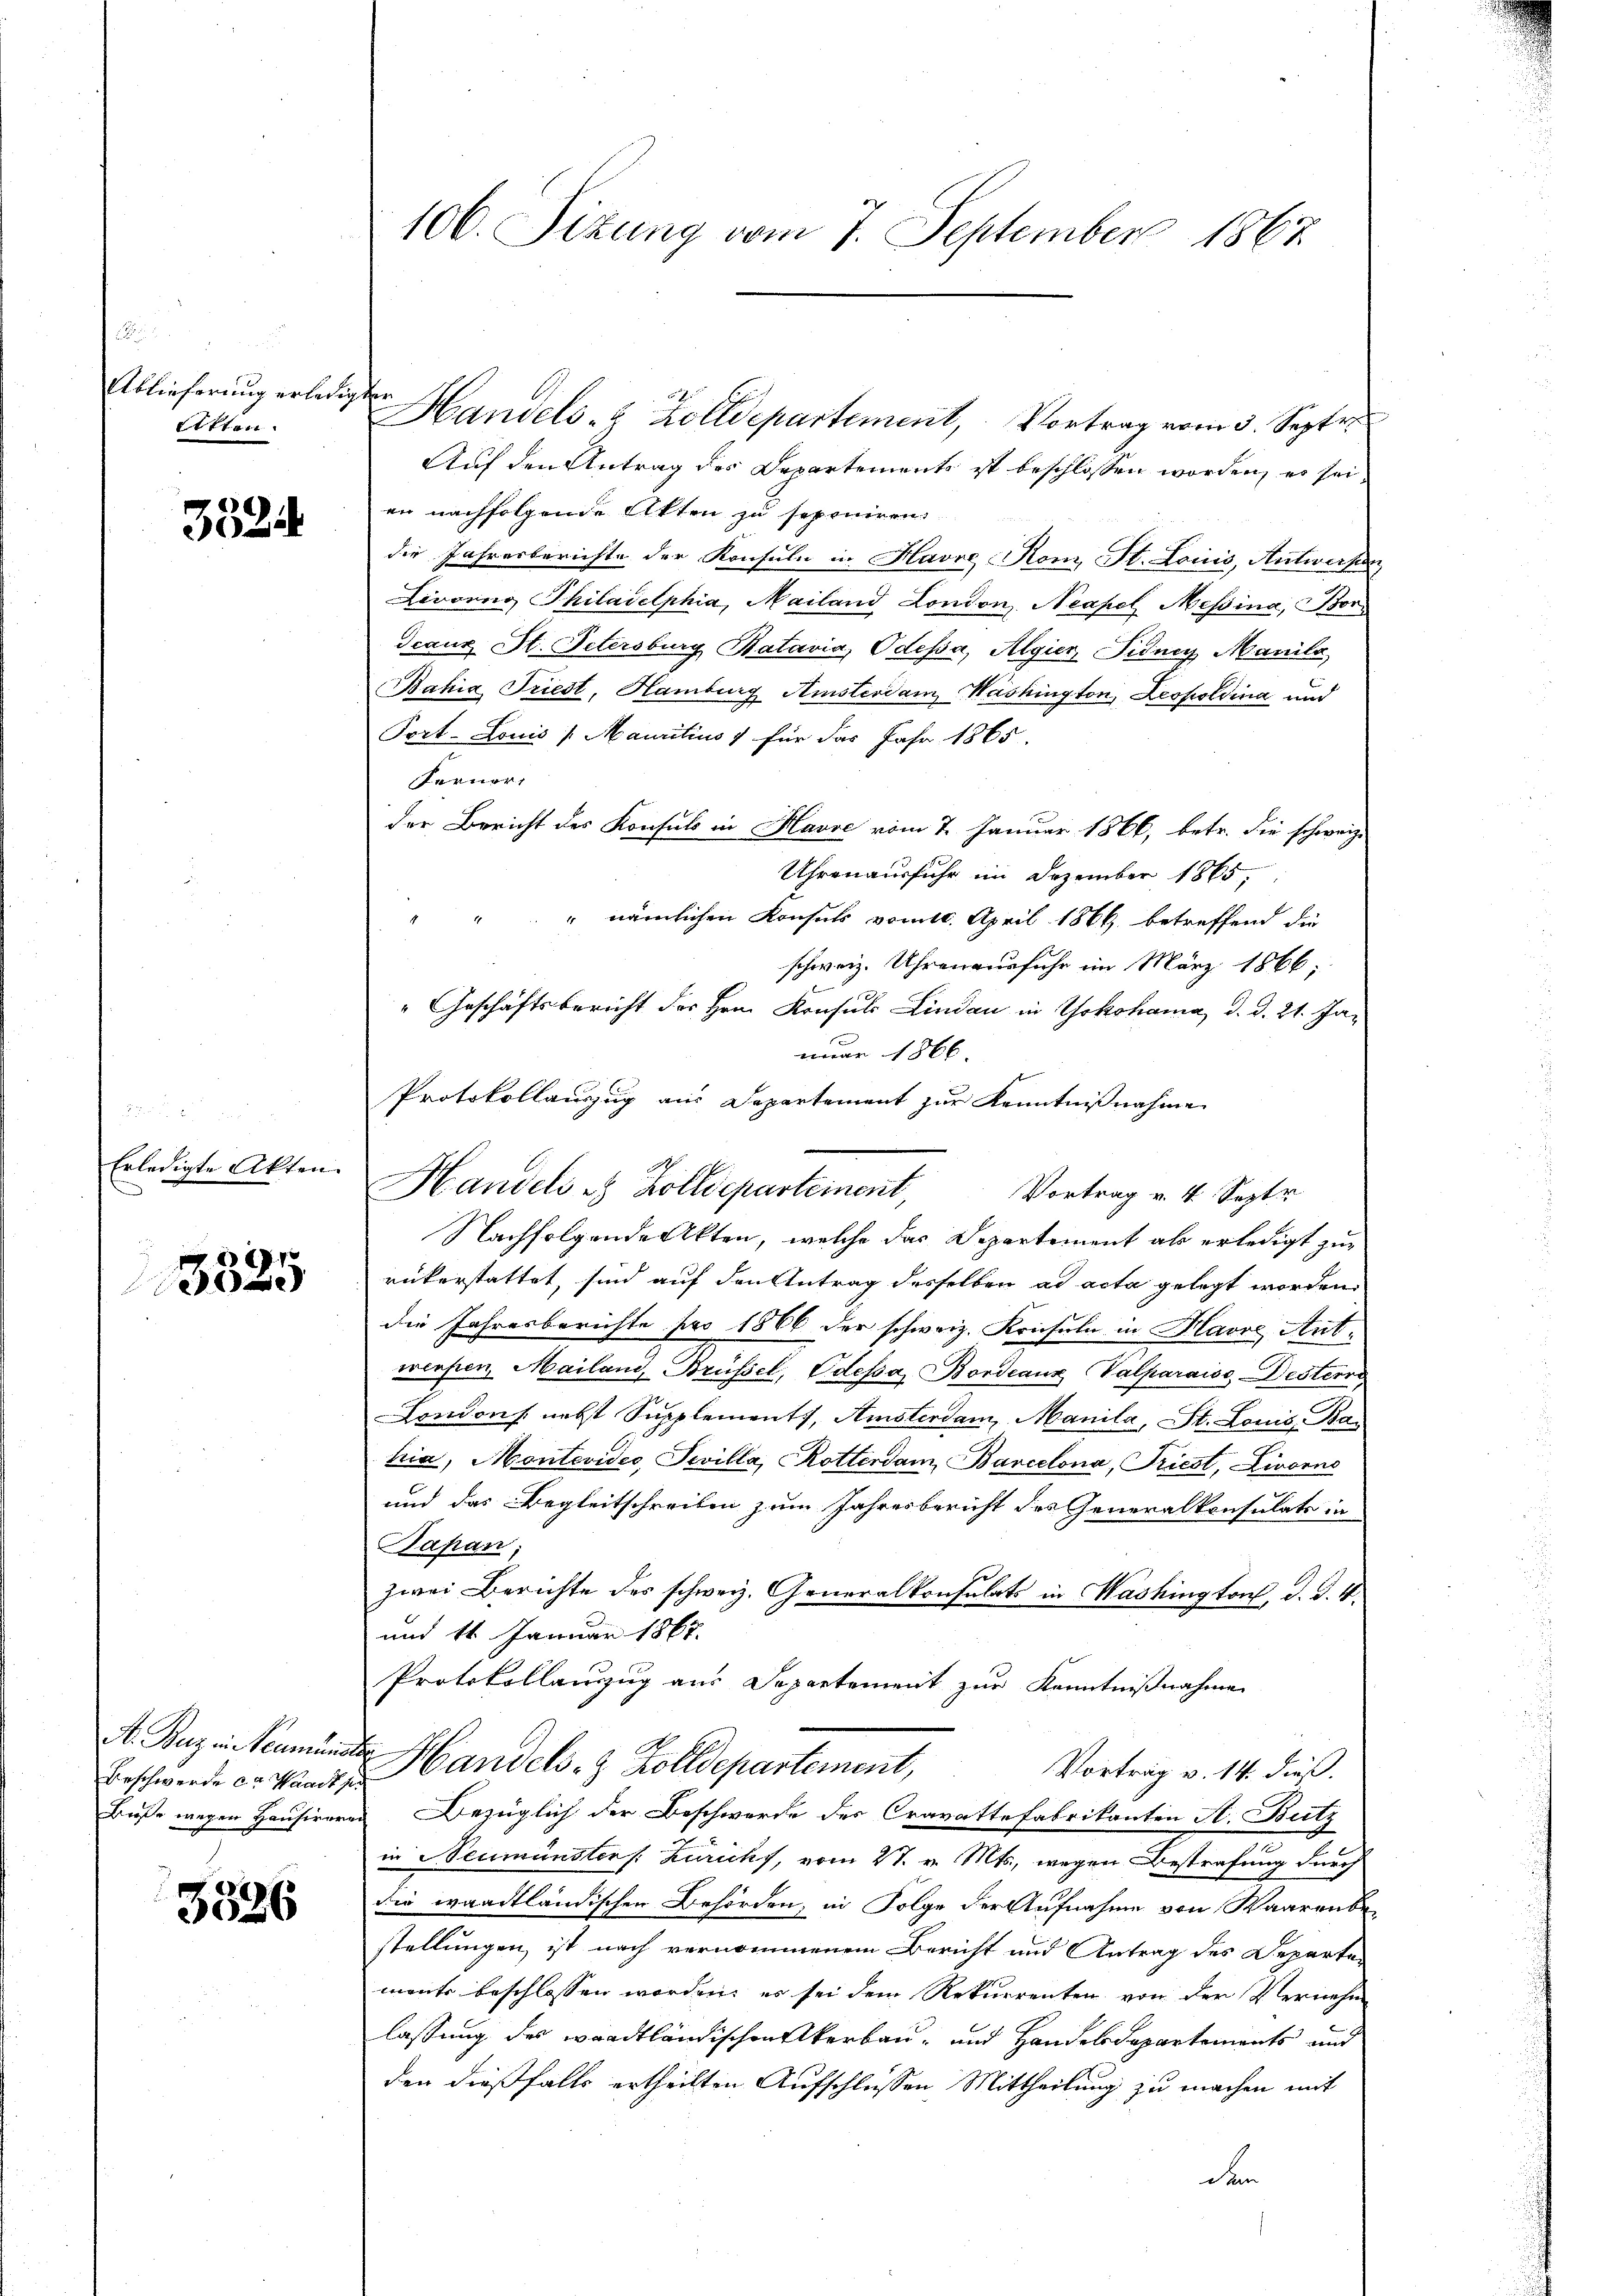
Ablieferung erledigten
Sitten.

3324

Erledigte Akten.

3325

A. Buz in Neumüns
Beschwerde ca. Waadt
Buße wegen Hauswor

3326

106. Sizung vom 7. September 1867

Auf den Antrag des Departements ist beschlossen worden, es sei
er nachfolgende Akten zu seponiren
die Jahresberichte der Konsuln in Havre on St. Louis, Antwerfen
Lingung Thiladelphia, Mailand London Neapel Messina, Bor
Franz St. Petersburg Bataria, Odessa, Algier Fidney Manila
Bahia Triest, Hamburg Amsterdam Washington, Leopoldina und
Port- Louis (Mauritius für das Jahr 1865.
Ferner,
der Bericht des Konsuls in Havre vom 7. Januar 1866, betr. die schweiz.
Uhren ausfuhr im Dezember 1865.
" " " " nämlichen Konsuls vom 10. April 1866 betreffend die
schweiz. Uhren ausfuhr im März 1866;
"Geschäftsbericht der Hrn. Konsuls Lindau in Yokohama, d. d. 21. Jamar 156 x
Protokollauszug aus Departement zur Kenntnißnahme
Handels es Zolldeparteinent,
Vortrag v. 4. Septr
Nachfolgende Akten, welche das Departement als erledigt zur
rükerstattet, sind auf den Antrag desselben ad acta gelegt worden.
die Jahresberichte pro 1866 der schweiz. Krisuln in Havre Antweesen Mailand Brüssel, Odessa, Bordeaux Valparaiso-Desterre
Londons nebst Supplements, Amsterdan, Manila, St. Louis, Ba
hia, Montevides, Sevilla, Rotterdam, Barcelona, Triest, Livorne
und das Begleitschreiben zum Jahresbericht des Generalkonsulats in
Kapan,
zwei Berichte des schweiz. Generalkonsulats in Washington, d. d. 4.
und 11. Januar 1867.
Protokollanzug aus Departement zur Kenntnißnahme
f
Handels- & Zolldepartement,
Vortrag v. 14. dieß.
i
Bezüglich der Beschwerde des Cravattefabrikanten A. Butz
in Neumünster /: Züricht, vom 27. v. Mts., wegen Bestrafung durch
die waadtländischen Behörden, in Folge der Aufnahme von Waarenbe
stellungen, ist nach vernommenem Bericht und Antrag des Departen
ments beschlossen worden, es sei dem Rekurrenten von der Vernehm
lassung des Waadtländischen Akerbau- und Handelsdepartements und
den dießfalls ertheilten Aufschlüssen Mittheilung zu machen mit
den

Handels- & Zolldepartement, Vortrag vom 3. Septer

9